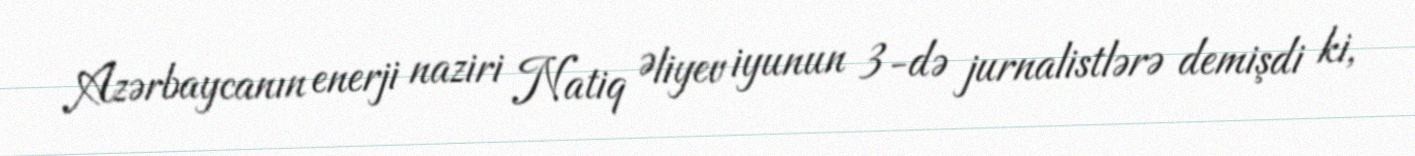
Azərbaycanın enerji naziri Natiq Əliyev iyunun 3-də jurnalistlərə demişdi ki,